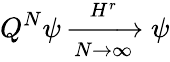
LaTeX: Q^{N}\psi\xrightarrow[N\rightarrow\infty]{H^{r}}\psi